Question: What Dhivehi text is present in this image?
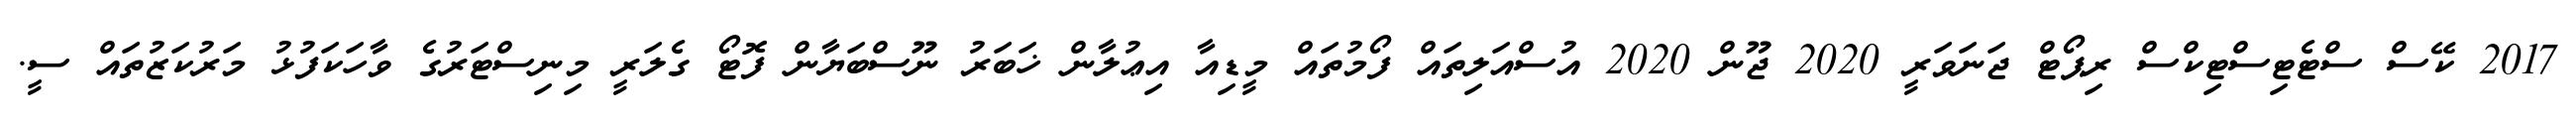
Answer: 2017 ކޭސް ސްޓެޓިސްޓިކްސް ރިޕޯޓް ޖަނަވަރީ 2020 ޖޫން 2020 އުސްއަލިތައް ފޯމުތައް މީޑިއާ އިޢުލާން ޚަބަރު ނޫސްބަޔާން ފޮޓޯ ގެލަރީ މިނިސްޓަރުގެ ވާހަކަފުޅު މަރުކަޒުތައް ސީ.